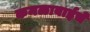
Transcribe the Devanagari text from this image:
कमळाबाईचे